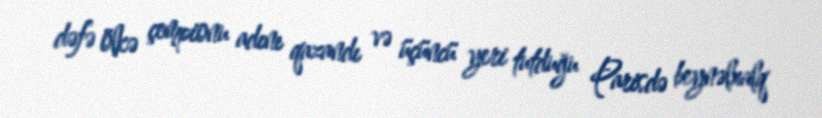
dəfə ölkə çempionu adını qazandı və üçüncü yeri tutduğu Parisdə beynəlxalq